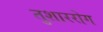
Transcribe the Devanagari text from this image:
तुशाररोग